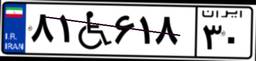
۴۱W۱۵۰۳۸